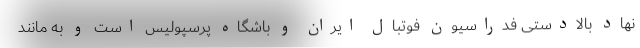
نهاد بالادستی فدراسیون فوتبال ایران و باشگاه پرسپولیس است و به مانند